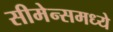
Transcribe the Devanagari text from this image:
सीमेन्समध्ये